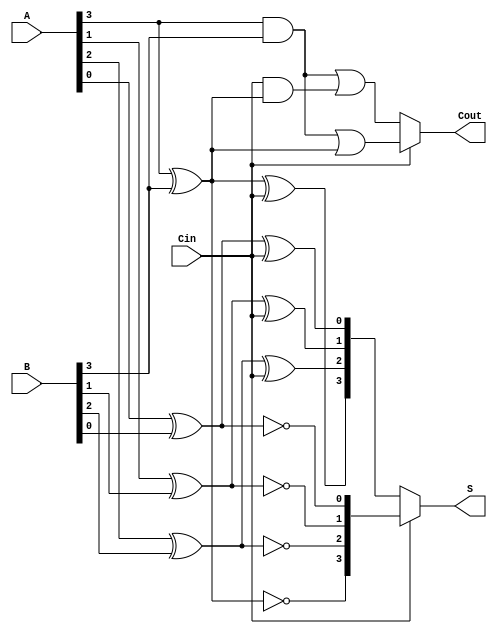
module conditional_sum_adder #(parameter N = 4) (
    input  [N-1:0] A,      // First n-bit input
    input  [N-1:0] B,      // Second n-bit input
    input          Cin,     // Carry-in
    output [N-1:0] S,      // n-bit sum output
    output         Cout     // Carry-out
);
    // Internal signals for partial sums and carries
    wire [N-1:0] S0, S1;    // Partial sums for Cin = 0 and Cin = 1
    wire [N-1:0] C0, C1;    // Carry outputs for Cin = 0 and Cin = 1

    // Generate partial sums and carries for each bit
    genvar i;
    generate
        for (i = 0; i < N; i = i + 1) begin : CSA_GROUP
            // Calculate partial sums
            assign S0[i] = A[i] ^ B[i] ^ Cin;         // Sum if carry-in is 0
            assign S1[i] = A[i] ^ B[i] ^ 1'b1;        // Sum if carry-in is 1
            
            // Calculate carry outputs
            assign C0[i] = (A[i] & B[i]) | (Cin & (A[i] ^ B[i])); // Carry if Cin = 0
            assign C1[i] = (A[i] & B[i]) | (1'b1 & (A[i] ^ B[i])); // Carry if Cin = 1
        end
    endgenerate

    // Final sum and carry-out selection based on Cin
    assign S = (Cin) ? S1 : S0; // Select sum based on Cin
    assign Cout = (Cin) ? C1[N-1] : C0[N-1]; // Select carry-out based on Cin

endmodule